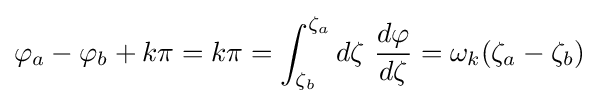
\varphi _{a}-\varphi _{b}+k\pi =k\pi =\int _{\zeta _{b}}^{\zeta _{a}}d\zeta \ {\frac {d\varphi }{d\zeta }}=\omega _{k}(\zeta _{a}-\zeta _{b})